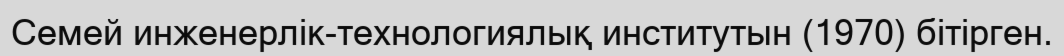
Семей инженерлік-технологиялық институтын (1970) бітірген.